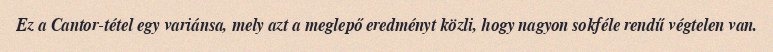
Ez a Cantor-tétel egy variánsa, mely azt a meglepő eredményt közli, hogy nagyon sokféle rendű végtelen van.